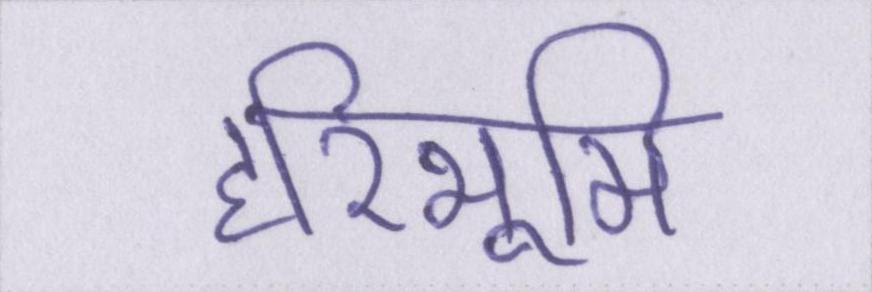
हरिभूमि